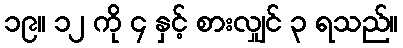
၁၉။ ၁၂ ကို ၄ နှင့် စားလျှင် ၃ ရသည်။